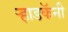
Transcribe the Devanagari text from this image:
ऱ्हाडकॅनी